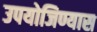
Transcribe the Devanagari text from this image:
उपयोजिण्यास